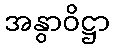
အနွာဝိဋ္ဌာ